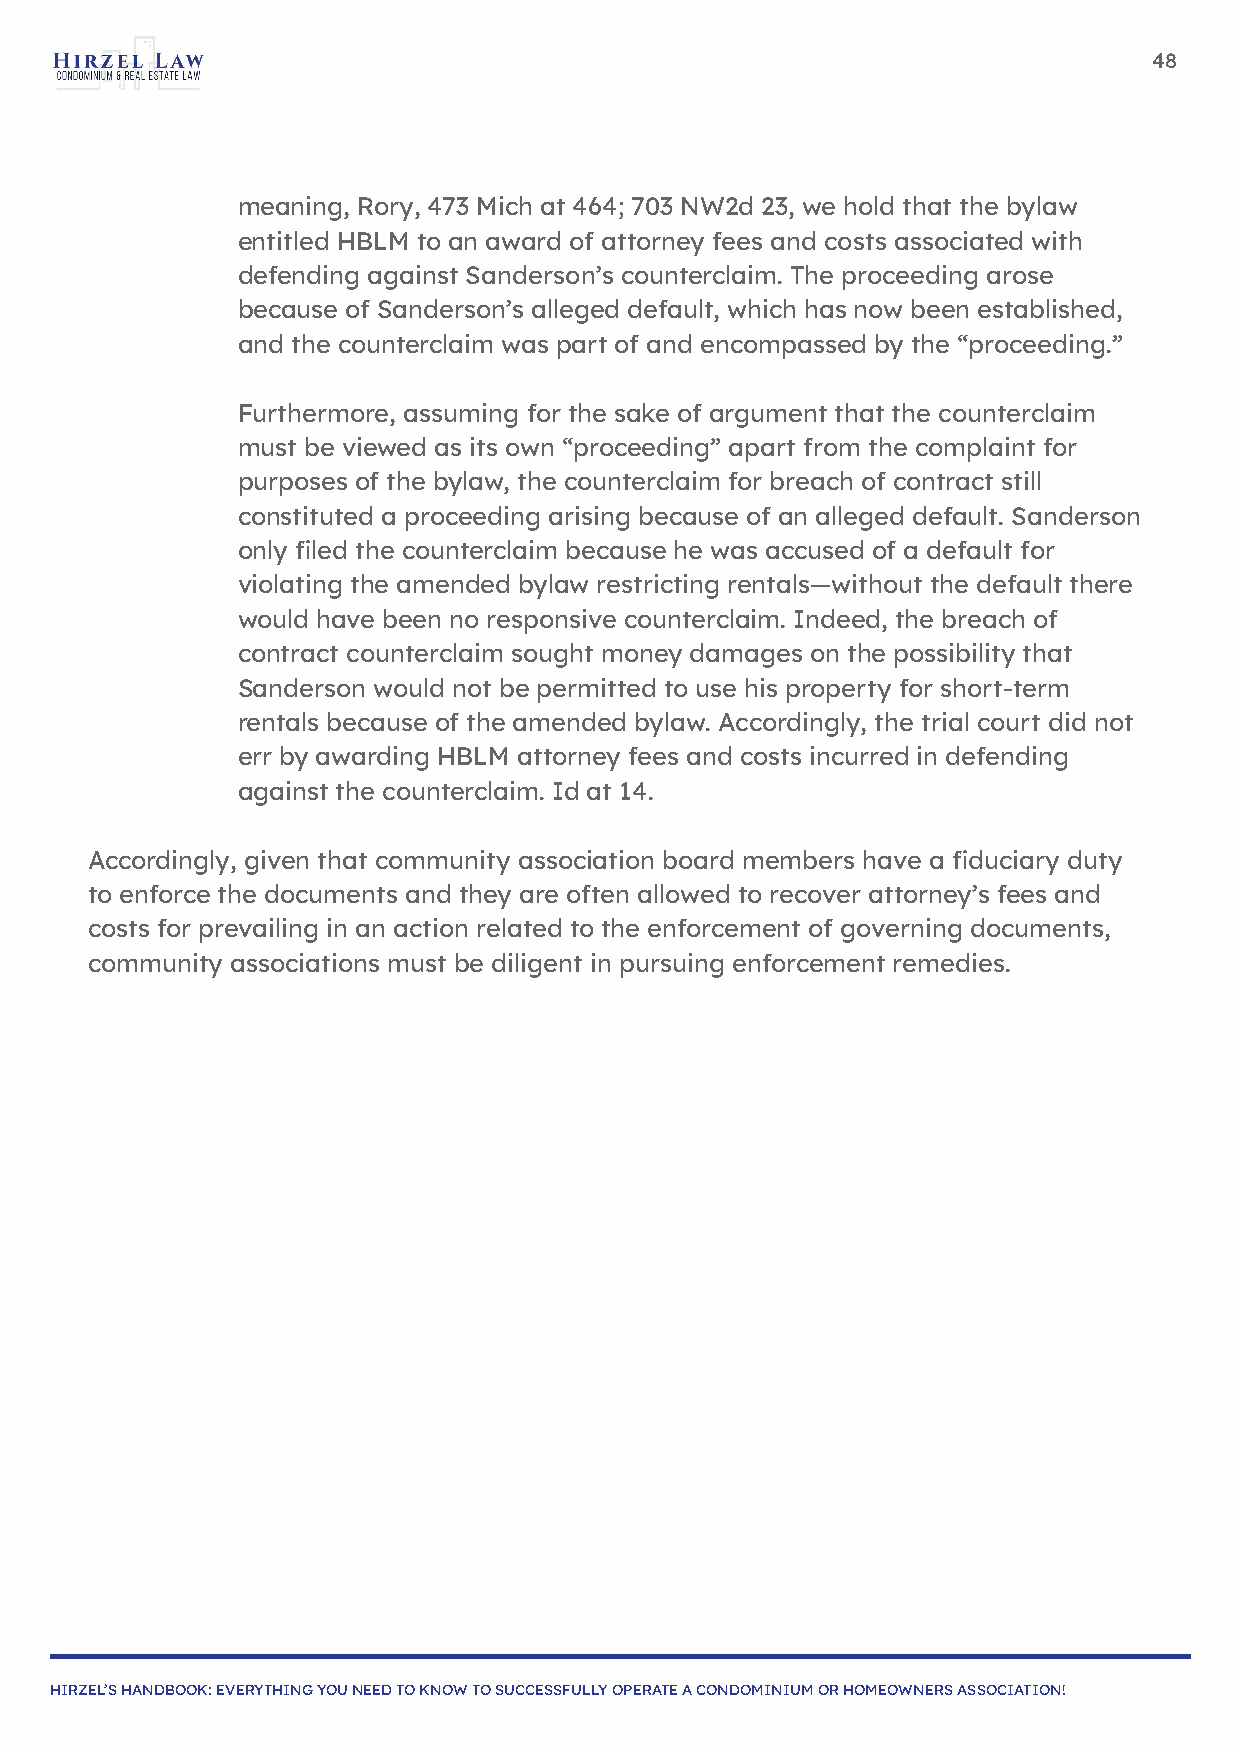
48
 meaning, Rory, 473 Mich at 464; 703 NW2d 23, we hold that the bylaw
 entitled HBLM to an award of attorney fees and costs associated with
 defending against Sanderson’s counterclaim. The proceeding arose
 because of Sanderson’s alleged default, which has now been established,
 and the counterclaim was part of and encompassed by the “proceeding.”
 Furthermore, assuming for the sake of argument that the counterclaim
 must be viewed as its own “proceeding” apart from the complaint for
 purposes of the bylaw, the counterclaim for breach of contract still
 constituted a proceeding arising because of an alleged default. Sanderson
 only filed the counterclaim because he was accused of a default for
 violating the amended bylaw restricting rentals—without the default there
 would have been no responsive counterclaim. Indeed, the breach of
 contract counterclaim sought money damages on the possibility that
 Sanderson would not be permitted to use his property for short-term
 rentals because of the amended bylaw. Accordingly, the trial court did not
 err by awarding HBLM attorney fees and costs incurred in defending
 against the counterclaim. Id at 14.
 Accordingly, given that community association board members have a fiduciary duty
 to enforce the documents and they are often allowed to recover attorney’s fees and
 costs for prevailing in an action related to the enforcement of governing documents,
 community associations must be diligent in pursuing enforcement remedies.
 HIRZEL’S HANDBOOK: EVERYTHING YOU NEED TO KNOW TO SUCCESSFULLY OPERATE A CONDOMINIUM OR HOMEOWNERS ASSOCIATION!